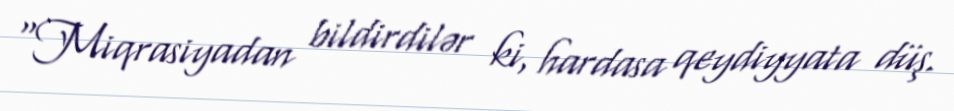
“Miqrasiyadan bildirdilər ki, hardasa qeydiyyata düş.